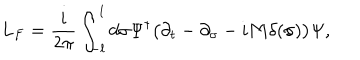
L _ { F } = \frac { i } { 2 \pi } \int _ { - l } ^ { l } d \sigma \Psi ^ { \dagger } \bigl ( \partial _ { t } - \partial _ { \sigma } - i { \bf M } \delta ( \sigma ) \bigr ) \Psi ,